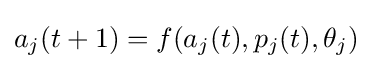
a_{j}(t+1)=f(a_{j}(t),p_{j}(t),\theta _{j})